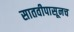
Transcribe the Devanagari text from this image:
सातवीपासूनच